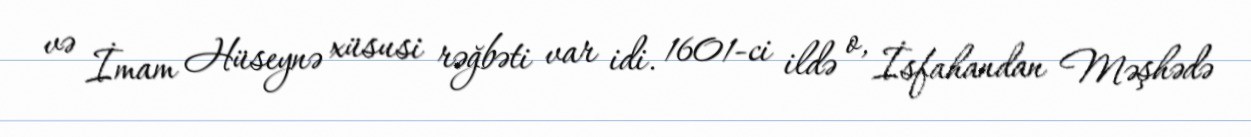
və İmam Hüseynə xüsusi rəğbəti var idi. 1601-ci ildə o, İsfahandan Məşhədə